Cholera in India, 1862 to 1881
Year: 1862
Disease focus: Cholera
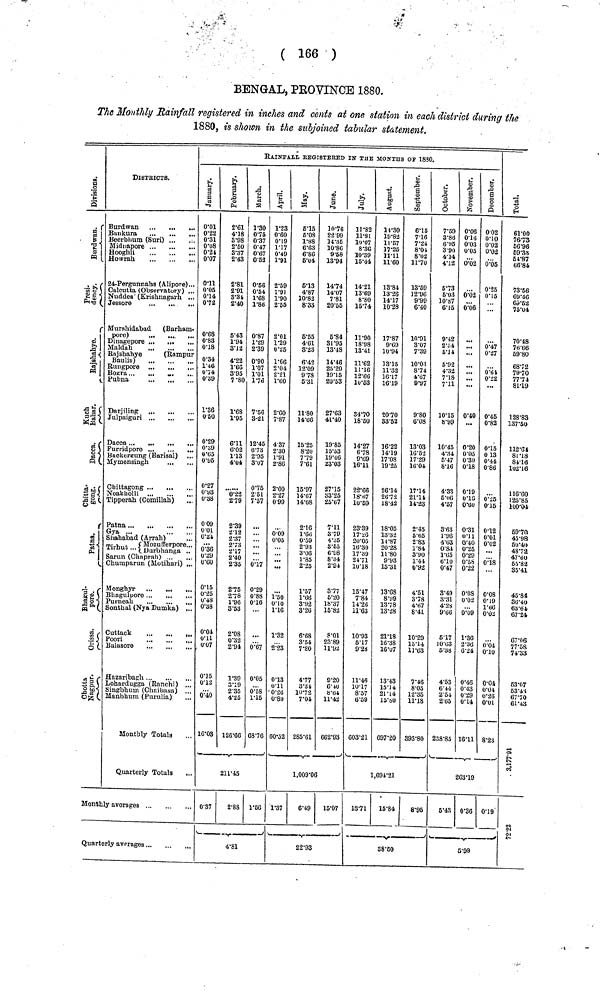
( 166 )
BENGAL, PROVINCE 1880.
The Monthly Rainfall registered in inches and cents at one station in each district during the
1880, is shown in the subjoined tabular statement.
Division
Burdwan
Presi dency
Rajshaye
Kuch bahar
. Dacca
Chittagong
Patna
Bhagulpore
Orissa
Chotta Nagpur
DISTRICTS.
Burdwan
Bunkura
Beerbhum (Suri)
Miduapore
Hooghli
Howrah
4-Pergunnabs (Alipore)...
Calcutta (Observatory) ...
Nuddea' (Krishnagarh ...
Jessore
Murshidabad
(Barham-
pore)
..
...
...
Dinagepore ...
...
...
Maldah
Raishahye
(Rampur
Baulia)
...
...
...
Rungpore ...
...
,..
Bogra
. ...
Pubna
Darjiling
Julpaiguri
Furridpore
...
Backergung (Barisal) ...
Mymensingh
Chittagong ...
Noakholli ..,
...
...
Tipperah (Comillah)
Patna ...
Gya ...
Shahabad (Arrab)
Mozufferpore ..
Tirhut Durbhanga .
Sarun (Chaprah)
Chumparun (Motihari) ..
Mongbyr
Bhagulpore
Sonthal (Nya Dumka) ,.,
Cuttack
Poori
Balasore
flazaribagb.
Lobardugga (Ranchi) ..
Singbhum (Chaibasa) ,.
Monthly Totals
Quarterly Totals
.
Monthly averages
Quarterly averages
RAINFALLi REGISTERED IN THE MONTHS OF 1830.
January
0·01
0·22
0·31
0·08
0·21
0·07
0·11
0·05
0·14
073
0·68
0·83
0·18
1·46
0·39
1·36
0·50
0·29
0·65
0·95
0·27
0·93
0·38
0·09
0·01
0·24
0·36
0·29
0·60
0·15
0'25
0·48
0·38
0·04
0·11
0·07
0·15
0·12
0·40
16·03
February
2·61
4·18
3·98
2·50
3·37
2·43
2·81
2·91
3·34
2·40
5·43
1·94
3·12
4·22
1·66
7·80
1·68
1·95
6·11
6·02
1·13
4·04
6·22
2·79
2·39
2·12
2·37
2·73
2·17
2·40
2·35
275
2·78
1·96
3·53
2·08
0·32
2·94
1·39
3·19
2·35
4.70
126·66
March
1·30
0·75
0·37
0·47
0·47
0·53
0·56
0·54
1·68
1·86
0·87
1·29
2·39
0·90
1·07
1·76
7·56
3-21
12·45
6·73
2·95
3·07
0·75
2·51
7·57
...
0·17
0·29
0·88
016
0·67
0·05
0·58
687
211·45
0·37
2·88 1·56
4·81
April
1·23
0·60
0·19
1·17
0·49
1·91
2·59
1·91
1·90
2·55
2·01
1·29
0·25
1·66
2·04
2·21
1·60
2·60
7·87
4·37
2·30
1·91
2·86
2·00
2·27
0·99
0·09
0·05
1·50
0·10
1·16
1·32
2·23
0·13
0·11
0·26
0·80
60·52
May
5·15
6·08
l·88
6·63
6·86
5·04
5·13
4·87
10·87
8·33
6·55
4·61
3·'23
6·43
12·09
978
5·31
11·80
14·06
15·25
8·20
7·79
7·61
15·97
14·67
14·08
2·16
1·66
0·59
2·93
3·06
1·85
2·25
1·57
1·66
3·92
3·26
6·68
3·54
7·80
4·77
3·34
1072
285·61
June
10·76
22·99
14·35
10·86
9·68
13·94
14·74
14·07
7·81
20·55
5·84
81·95
13·48
25·20
19·15
20·53
27·63
41·40·
19·85
15·53
19·46
23·03
27·15
33·25
25·07
7·11
3·79
4·35
3·55
6·98
8·34
2·94
3·77
6·20
18·37
15·82
8·01
23·89
11·93
9·20
6·40
8·64
662·93
1,009·06
1·37 6·49
15·07
22·93
July
11·82
11·81
10·07
8·36
30·39
15·44
14·21
13·69
8·80
15·74
11·90
18·98
13·41
11·62
11·16
12·66
10·53
34·70
18·50
14·27
678
9·69
16·11
22·66
18·67
10·59
23·39
17·26
20·05
16·30
17·39
2171
10·18
15·47
7·84
14·26
11·63
10·93
5·17
9·28
11·46
10·17
8·57
603·21
August
14·30
19·82
11·57
17·25
11·11
11·60
13·84
13·26
14·17
10·28
17·87
9·69
10·94
13·15
11·32
16·17
16·19
20·70
33·52
16·22
14·19
17·03
19·25
26·14
26·72
18·42
18·05
13·32
14·87
20·28
11·80
9·93
15·31
13·08
8·99
13·78
13·28
21·18
16·38
16·07
13·43
15·14
21·14
15·80
697·20
September
6·15
7·16
7·24
8·04i
8·02
1170
13·59
12·96
9·99
6·40
10·91
3·07
7·39
10·03
8·74
4·67
9·97
9·80
6·08
13·03
16·52
17·29
16·04
17·14
21·14
14·23
2·45
5·65
2·83
1·84
3·90
1·41
0·92
4·51
3·78
4·67
8·41
10·29
15·14
11·63
7·46
8·05
12·35
393·80
1,094·21
13·71 15·84
8·95
38·50
Octomber
7·59
3·86
6·95
3·90
4·14
4·12
5·73
5·03
10·87
6·15
9·42
2·54
5·14
5·92
4·32
7·18
7·11
10·15
8·99
10·45
4·34
5·47
8·16
4·33
5·06
4·57
3·63
1·96
4·63
0·81
l·65
6·10
0·47
3·49
3·31
4·38
9·66
5·17
10·63
5·38
4·53
6·44
2·51
238·85
November
0·06
0·16
0·03
0·05
0·02
0·02
0·06
...
..
...
...
0·40
0·20
0·05
0·30
0·18
0·19
0·15
0·60
0·31
0·11
0·40
0·25
0·29
0·58
0·22
0·08
0·02
0·09
1·36
2·36
6·24
0·46
0·43
0·29
16·11
December
0·02
0·10
0·02
0·02
0·05
0·25
0·15
0·47
0·27
0·61
0·22
...
0·45
0·82
0·15
0 13
0·44
0·86
0·25
0·15
0·12
0·01
0·02
0·08
0·19
1·66
0·02
0·04
0·10
0·04
0·04
0·26
0·01
8·23
263·19
5·43 0·36 0·19
5·98
Total
61·00
76·73
56·96
69·38
54·87
66·84
73·56
69·46
69·52
75·04
70·48
76·66
59·80
68·72
7970
7774
81·19
128·83
137·50
112·64
81·18
81·16
102·16
116·60
125·85
100·04
59·70
45·98
50·40
48·72
47·60
55·82
35·41
45·84
36·40
63·64
67 ·24
67·06
77·58
74·33
53·07
63·43
67·70
61·43
3,177·91
72·22